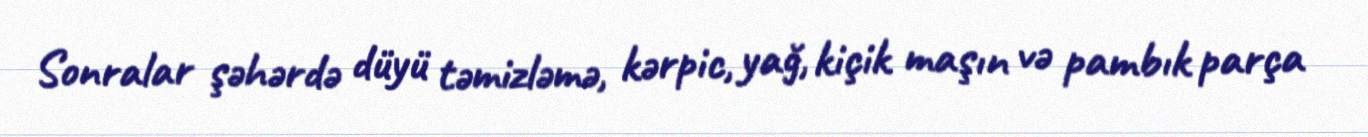
Sonralar şəhərdə düyü təmizləmə, kərpic, yağ, kiçik maşın və pambık parça